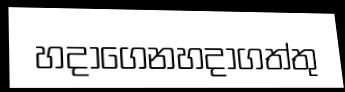
හදාගෙනහදාගත්තු